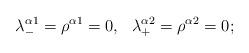
LaTeX: \begin{align*}\lambda^{\alpha1}_-=\rho^{\alpha1}=0,\ \ \lambda^{\alpha2}_+=\rho^{\alpha2}=0;\end{align*}